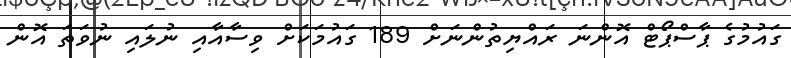
ގައުމުގެ ޕާސްޕޯޓް އޮންނަ ރައްޔިތުންނަށް 189 ގައުމަކަށް ވިސާއާއި ނުލައި ނުވަތަ އޮން